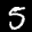
Label: 5